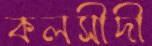
কলসীদী